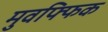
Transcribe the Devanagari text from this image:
मुवफ्फिक